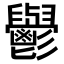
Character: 𮫘